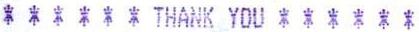
* * * * * * THANK YOU * * * * * *